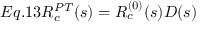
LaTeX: E q . 1 3 R _ { c } ^ { P T } ( s ) = R _ { c } ^ { ( 0 ) } ( s ) { \cal D } ( s )